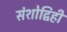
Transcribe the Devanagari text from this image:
संशोद्विहीं